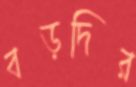
বড়দির